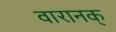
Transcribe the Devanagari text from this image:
वारानक्